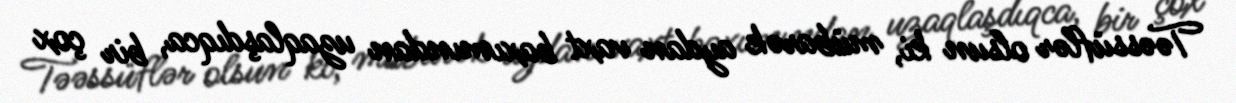
Təəssüflər olsun ki, mübarək aydan vaxt baxımından uzaqlaşdıqca, bir çox